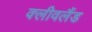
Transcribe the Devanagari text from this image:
क्‍लीवलैंड